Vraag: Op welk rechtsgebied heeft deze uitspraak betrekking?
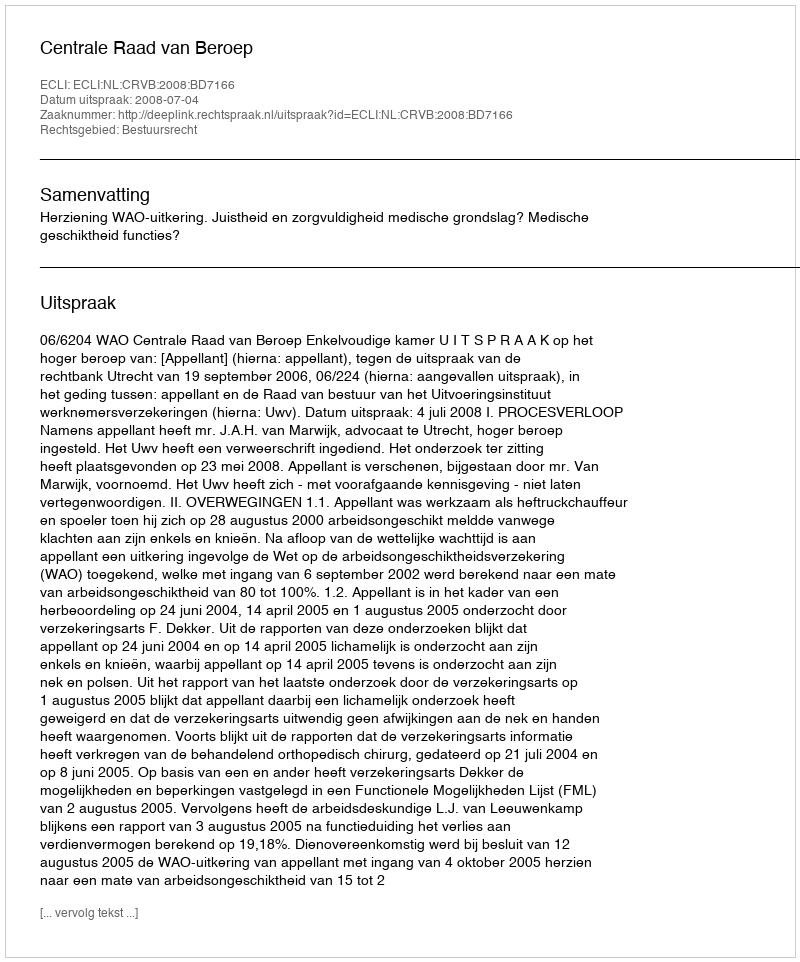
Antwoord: Bestuursrecht